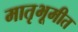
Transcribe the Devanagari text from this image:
मातृभूमीत